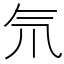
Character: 氘